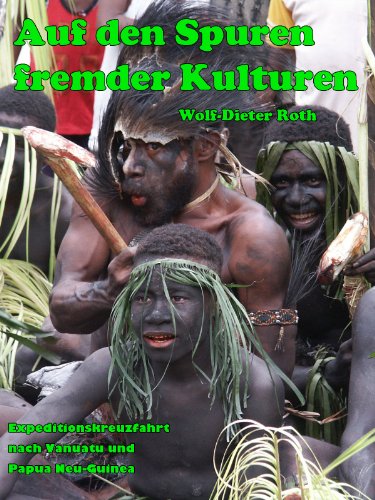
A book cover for Auf den Spuren fremder Kulturen - Mit der World Discoverer auf Expeditionskreuzfahrt nach Vanuatu und Papua Neu-Guinea (German Edition); Wolf-Dieter Roth; Travel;